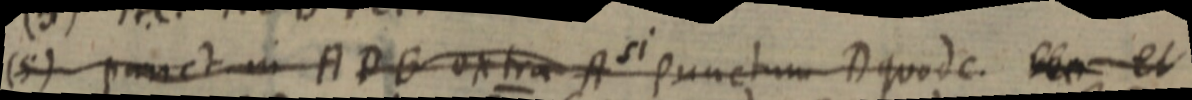
(5) punct in ADB extra A si punctum D quode. et